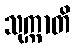
သုက္ကာတိ